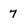
Character: 7